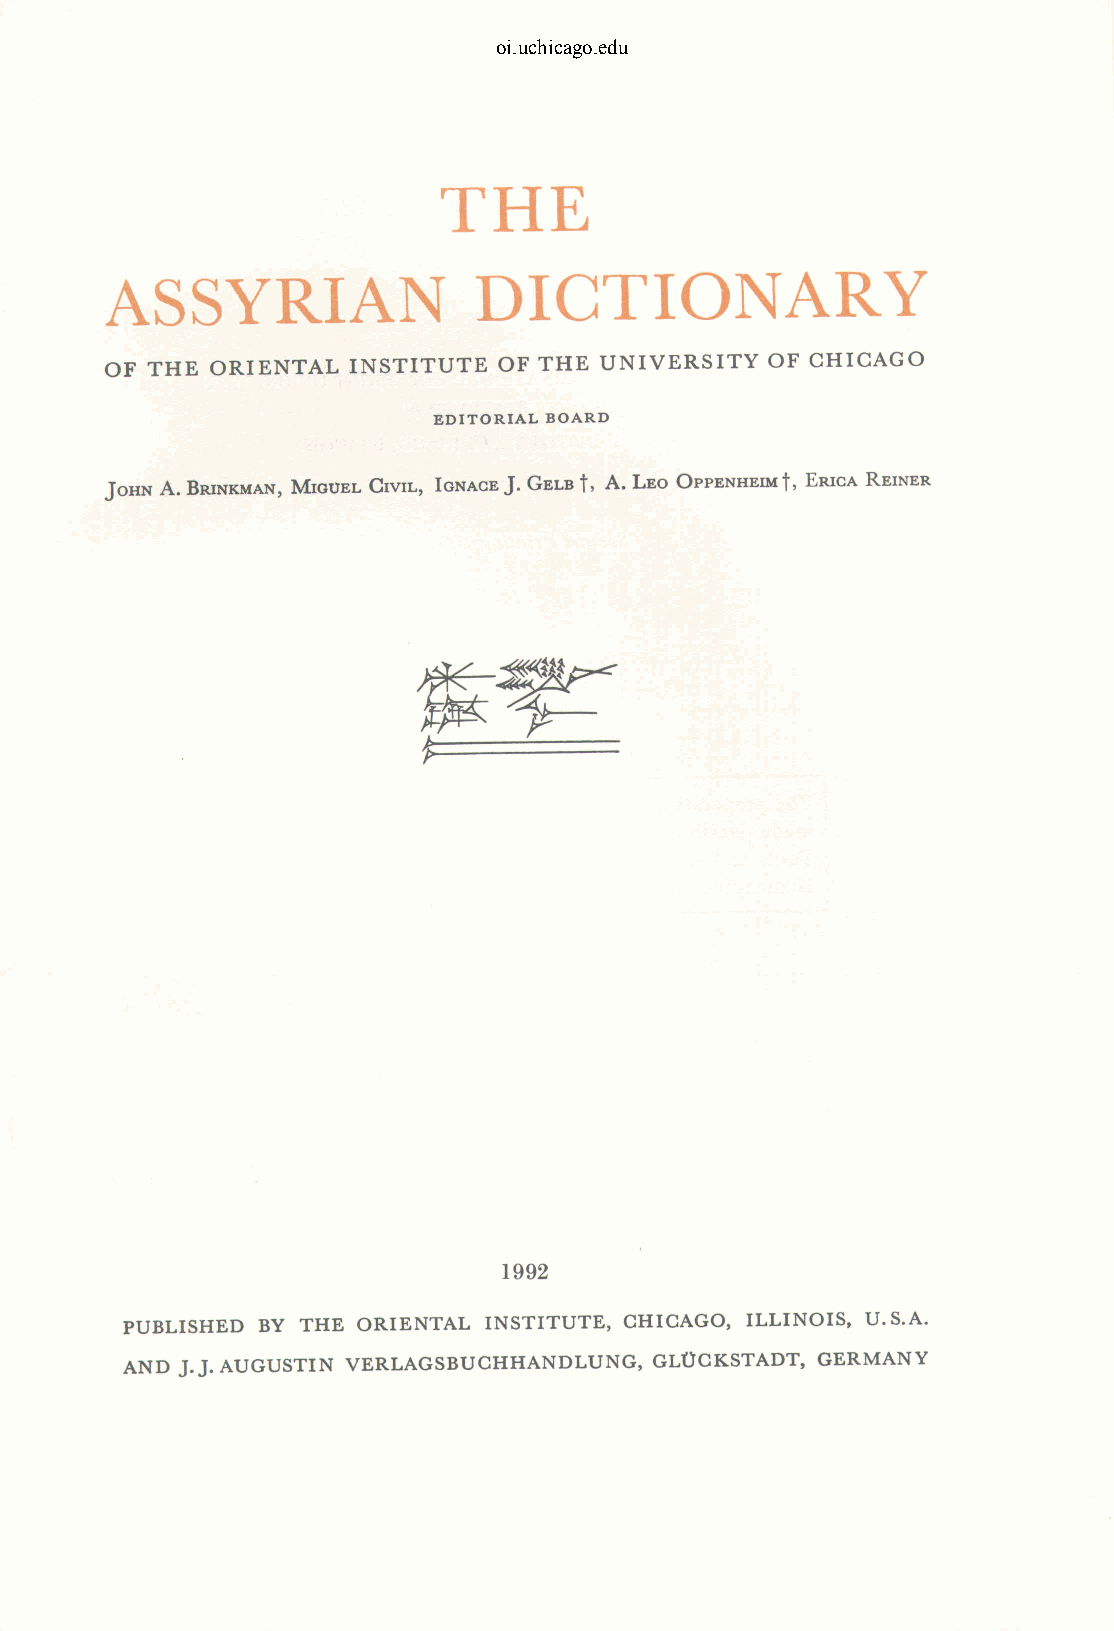
oi.uchicago.edu
 THE
 ASSYRIAN                DICTIONARY
 OF THE ORIENTAL INSTITUTE OF THE UNIVERSITY OF CHICAGO
 EDITORIAL BOARD
 JOHN A. BRINKMAN, MIGUEL CIVIL, IGNACE J. GELB t, A. LEO OPPENHEIM t, ERICA REINER
 1992
 PUBLISHED BY THE ORIENTAL INSTITUTE, CHICAGO, ILLINOIS, U.S.A.
 AND J.J. AUGUSTIN VERLAGSBUCHHANDLUNG, GLOCKSTADT, GERMANY